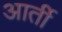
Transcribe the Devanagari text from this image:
आर्ती